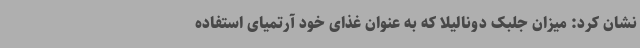
نشان کرد: میزان جلبک دونالیلا که به عنوان غذای خود آرتمیای استفاده